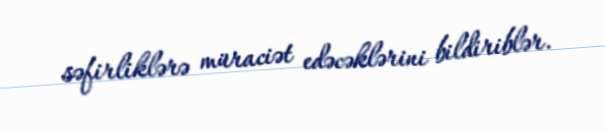
səfirliklərə müraciət edəcəklərini bildiriblər.